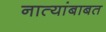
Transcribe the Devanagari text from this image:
नात्यांबाबत